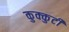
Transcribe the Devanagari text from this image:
कुक्कुटी